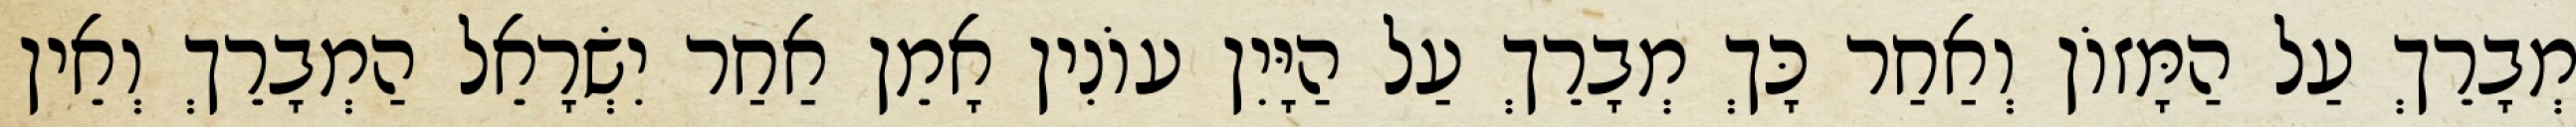
מְבָרֵךְ עַל הַמָּזוֹן וְאַחַר כָּךְ מְבָרֵךְ עַל הַיָּיִן עוֹנִין אָמֵן אַחַר יִשְׂרָאֵל הַמְבָרֵךְ וְאֵין